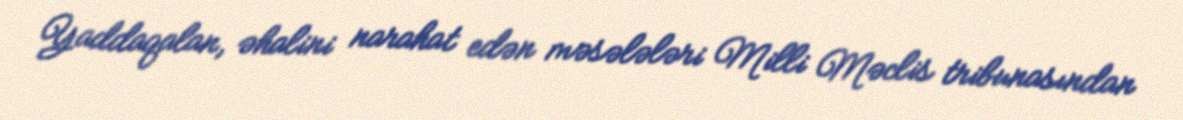
Yaddaqalan, əhalini narahat edən məsələləri Milli Məclis tribunasından